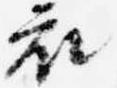
衣